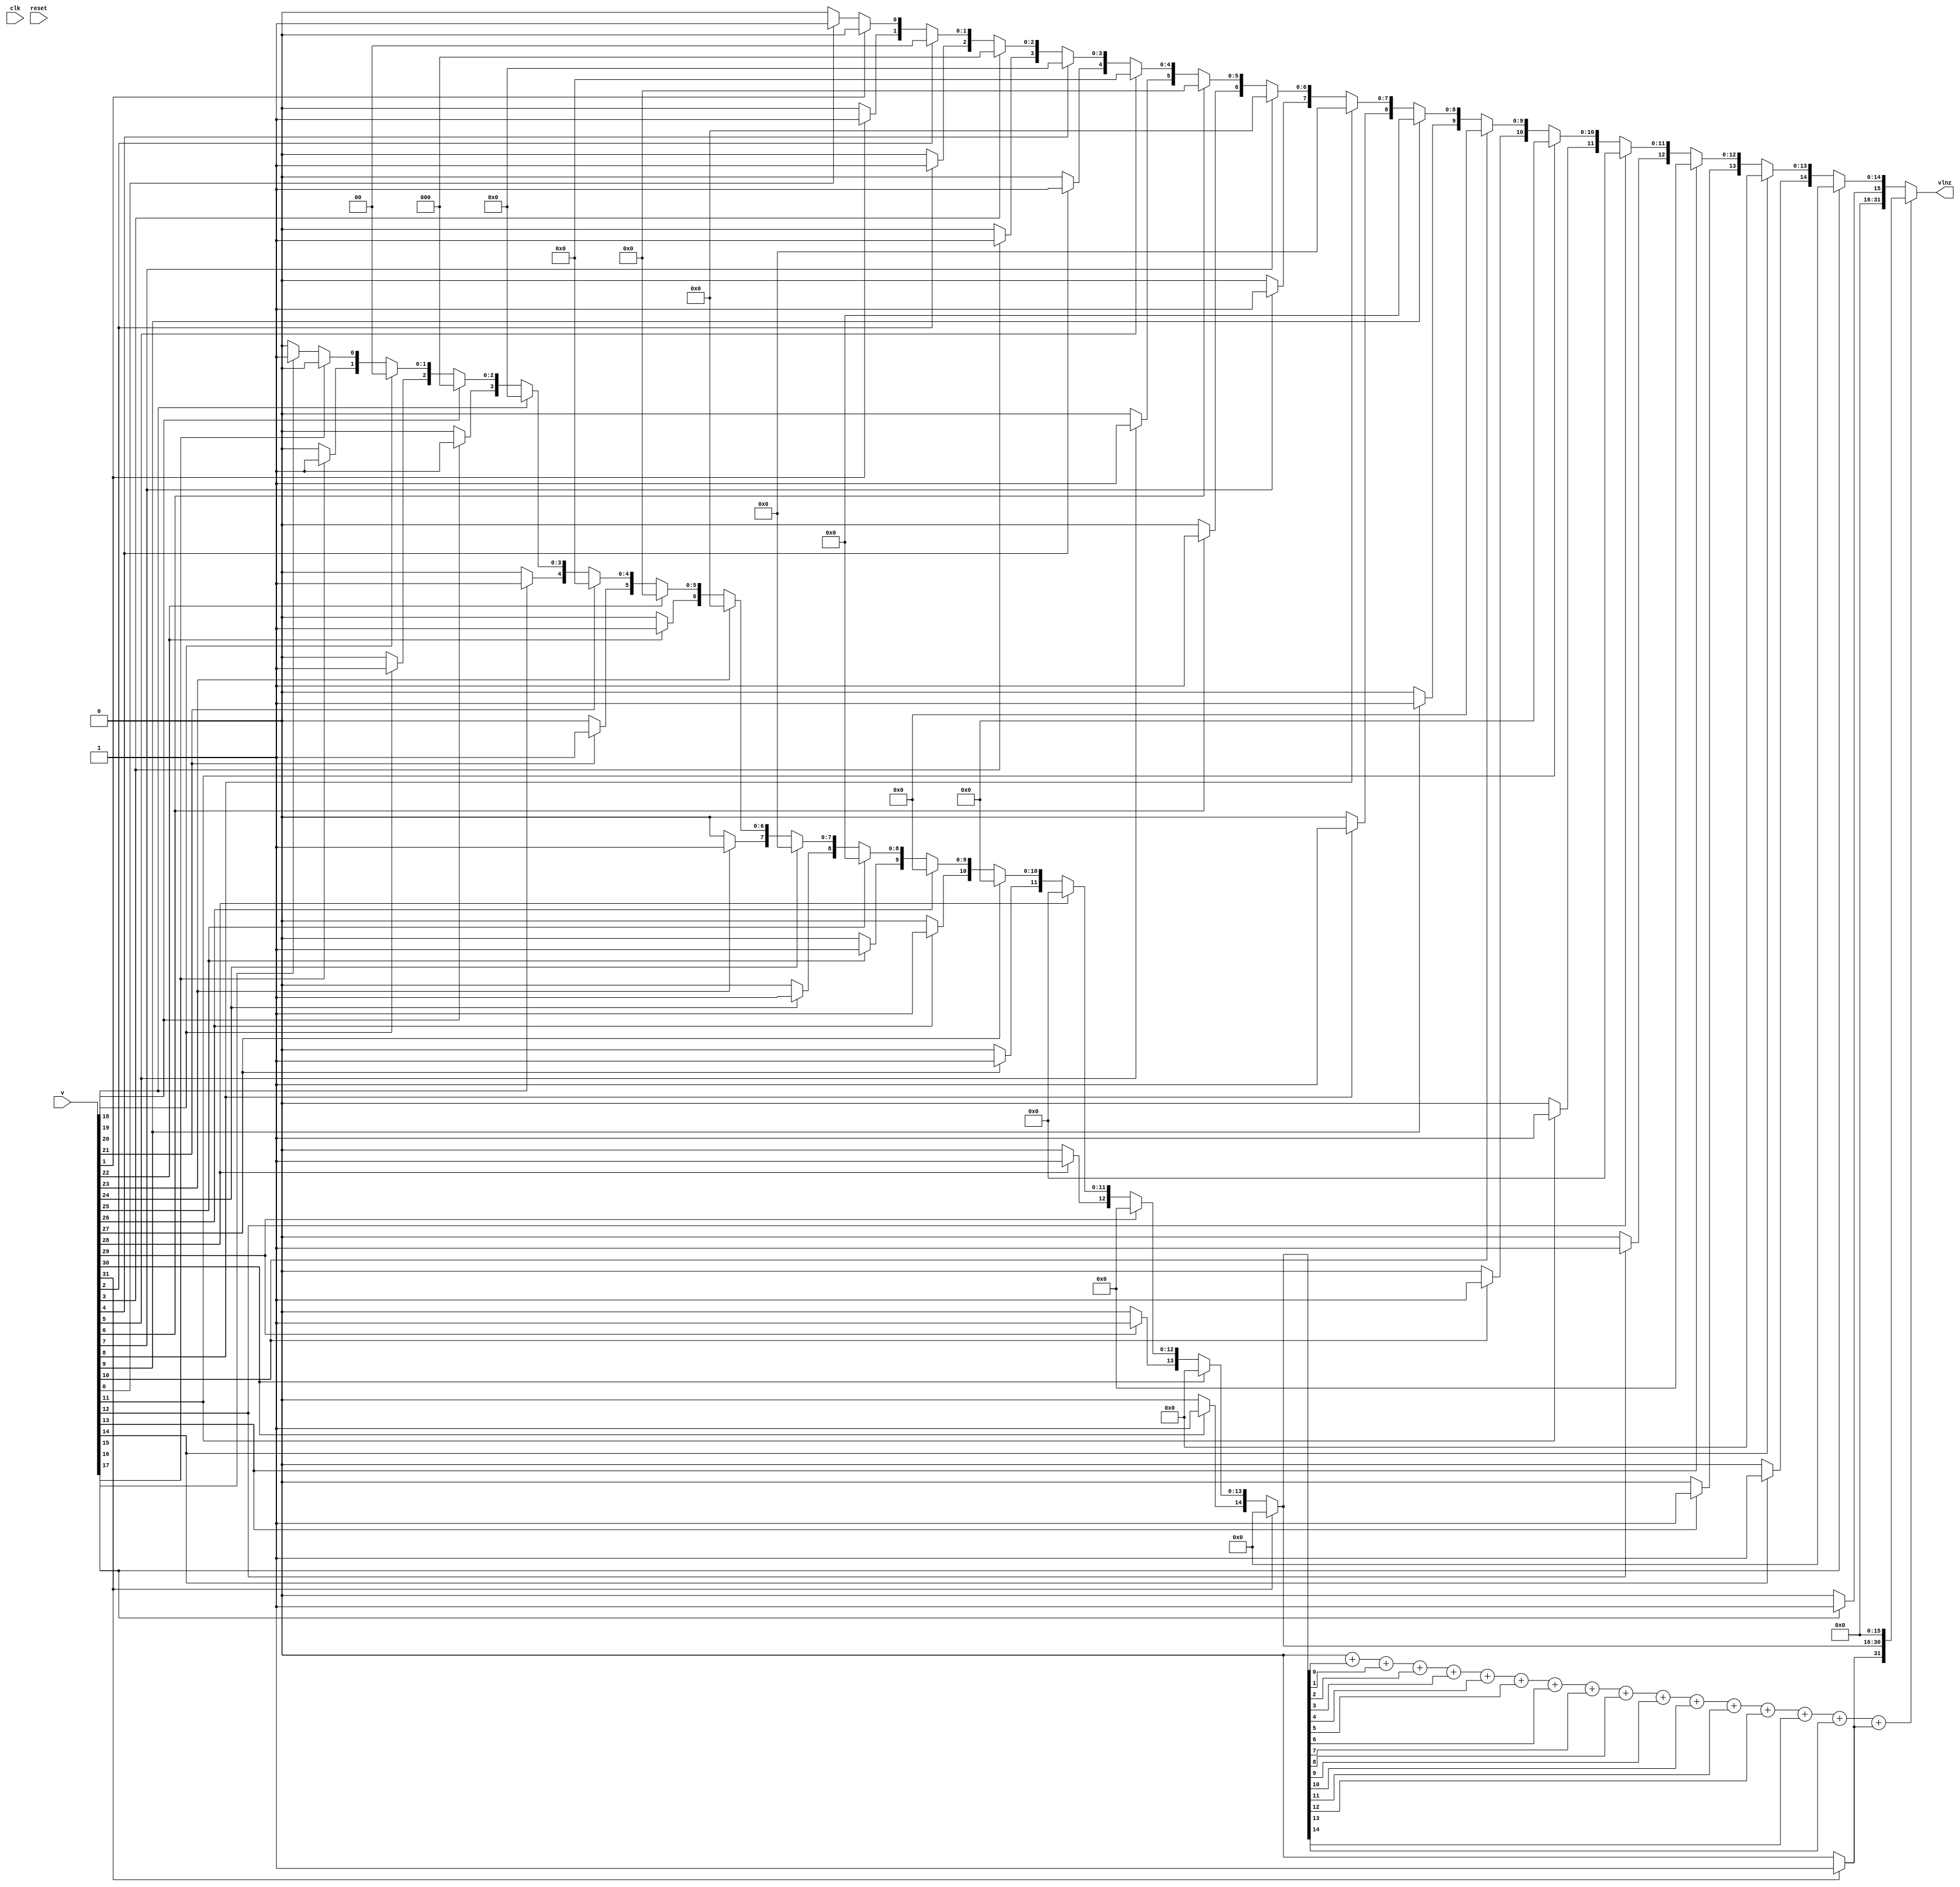
module lnz #(
    parameter N = 32
)
(
    input          clk,
    input          reset,
    input   [N-1:0] v,
    output  [N-1:0] vlnz
);

function [15:0] u16_lnz
    (
        input reg [15:0] u16v
    );
    reg [15:0] out;
    begin
        out = 0;
        if(u16v[15])
            out[15] = 1;
        else if(u16v[14])
            out[14] = 1;
        else if(u16v[13])
            out[13] = 1;
        else if(u16v[12])
            out[12] = 1;
        else if(u16v[11])
            out[11] = 1;
        else if(u16v[10])
            out[10] = 1;
        else if(u16v[9])
            out[9] = 1;
        else if(u16v[8])
            out[8] = 1;
        else if(u16v[7])
            out[7] = 1;
        else if(u16v[6])
            out[6] = 1;
        else if(u16v[5])
            out[5] = 1;
        else if(u16v[4])
            out[4] = 1;
        else if(u16v[3])
            out[3] = 1;
        else if(u16v[2])
            out[2] = 1;
        else if(u16v[1])
            out[1] = 1;
        else if(u16v[0])
            out[0] = 1;

        u16_lnz = out;
    end
endfunction
function or16
    (
        input reg [15:0] v
    );
    integer i;
    reg out;
    begin
        out = 0;
        for(i=0; i<16; i=i+1)
            out = out + v[i];

        or16 = out;
    end
endfunction

wire [15:0] xh, xl; 
wire        XhHas1;

assign xh = u16_lnz(v[N-1:16]);
assign xl = u16_lnz(v[15:0]);
assign XhHas1 = or16(xh);
assign vlnz = (XhHas1)?({xh, 16'h0000}):({16'h0000, xl});

endmodule